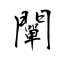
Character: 闡